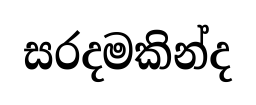
සරදමකින්ද